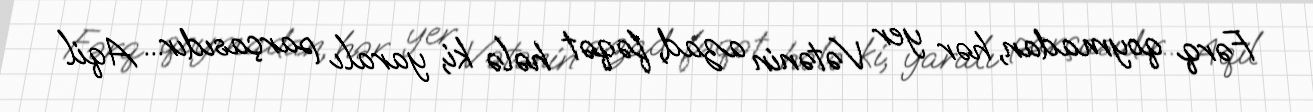
Fərq qoymadan, hər yer Vətənin azad, fəqət hələ ki, yaralı parçasıdır... Aqil